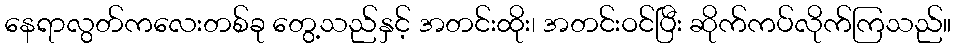
နေရာလွတ်ကလေးတစ်ခု တွေ့သည်နှင့် အတင်းထိုး၊ အတင်းဝင်ပြီး ဆိုက်ကပ်လိုက်ကြသည်။